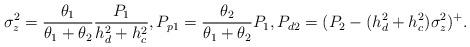
LaTeX: \begin{align*}& \sigma_z^2 = \frac{\theta_1}{\theta_1 + \theta_2}\frac{P_1}{h_d^2 + h_c^2}, P_{p1} = \frac{\theta_2}{\theta_1 + \theta_2}P_1, P_{d2} = (P_2 - (h_d^2 + h_c^2)\sigma_z^2)^+. \end{align*}